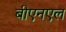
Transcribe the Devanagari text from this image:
बीएनएल